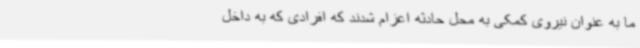
ما به عنوان نیروی کمکی به محل حادثه اعزام شدند که افرادی که به داخل